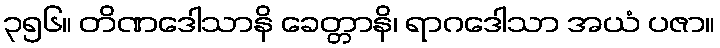
၃၅၆။ တိဏဒေါသာနိ ခေတ္တာနိ၊ ရာဂဒေါသာ အယံ ပဇာ။